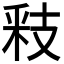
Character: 𮡏